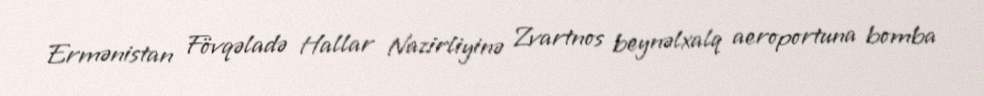
Ermənistan Fövqəladə Hallar Nazirliyinə Zvartnos beynəlxalq aeroportuna bomba